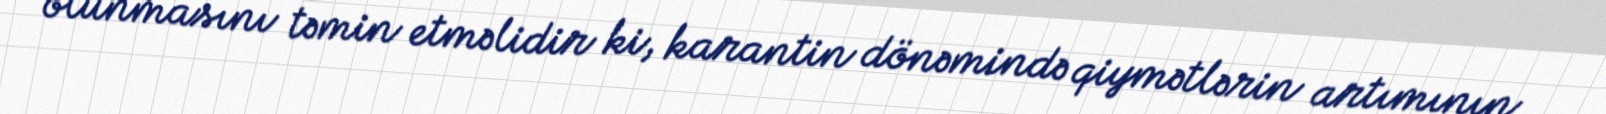
olunmasını təmin etməlidir ki, karantin dönəmində qiymətlərin artımının